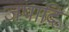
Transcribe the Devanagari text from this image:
जपादि